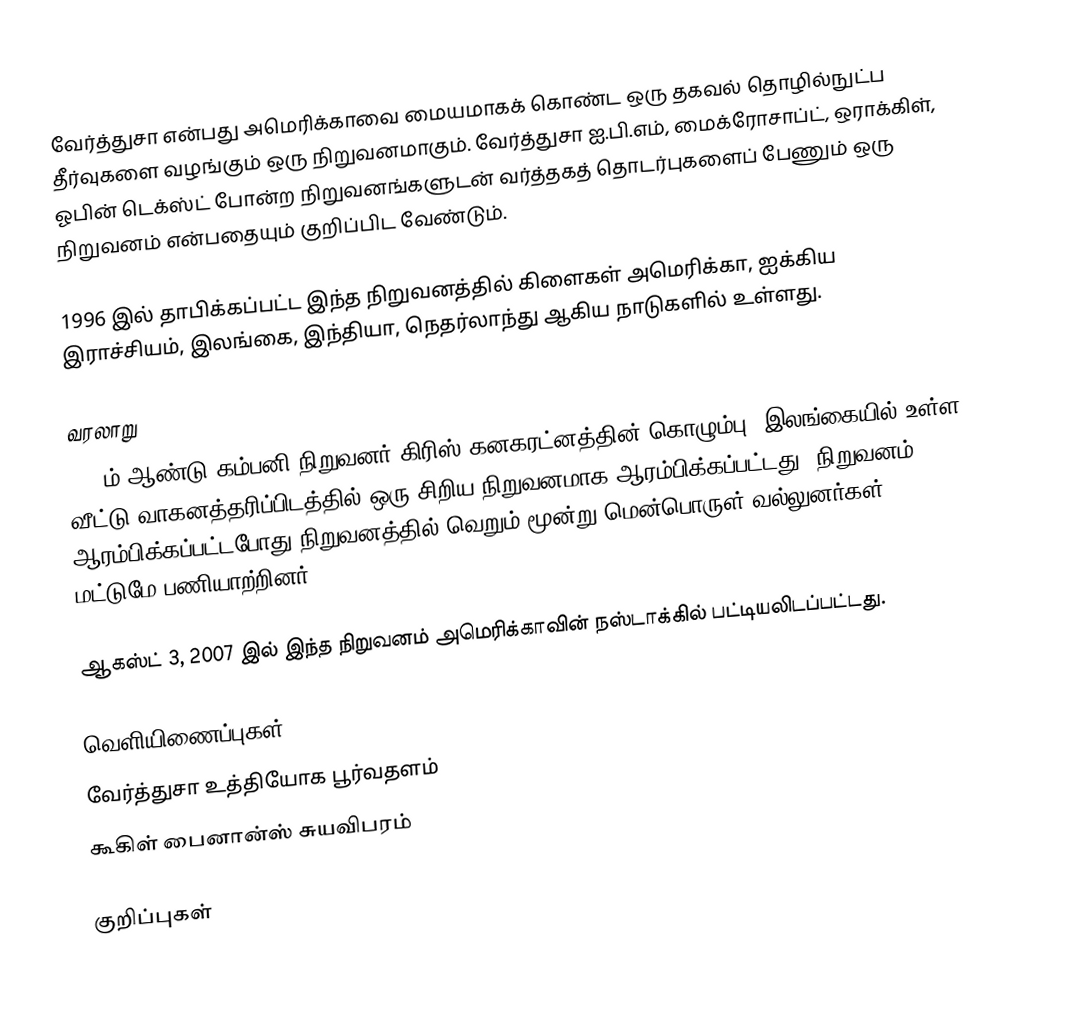
வேர்த்துசா என்பது அமெரிக்காவை மையமாகக் கொண்ட ஒரு தகவல் தொழில்நுட்ப தீர்வுகளை வழங்கும் ஒரு நிறுவனமாகும். வேர்த்துசா ஐ.பி.எம், மைக்ரோசாப்ட், ஒராக்கிள், ஓபின் டெக்ஸ்ட் போன்ற நிறுவனங்களுடன் வர்த்தகத் தொடர்புகளைப் பேணும் ஒரு நிறுவனம் என்பதையும் குறிப்பிட வேண்டும்.

1996 இல் தாபிக்கப்பட்ட இந்த நிறுவனத்தில் கிளைகள் அமெரிக்கா, ஐக்கிய இராச்சியம், இலங்கை, இந்தியா, நெதர்லாந்து ஆகிய நாடுகளில் உள்ளது.

வரலாறு
1996ம் ஆண்டு கம்பனி நிறுவனர் கிரிஸ் கனகரட்னத்தின் கொழும்பு, இலங்கையில் உள்ள வீட்டு வாகனத்தரிப்பிடத்தில் ஒரு சிறிய நிறுவனமாக ஆரம்பிக்கப்பட்டது. நிறுவனம் ஆரம்பிக்கப்பட்டபோது நிறுவனத்தில் வெறும் மூன்று மென்பொருள் வல்லுனர்கள் மட்டுமே பணியாற்றினர்.

ஆகஸ்ட் 3, 2007 இல் இந்த நிறுவனம் அமெரிக்காவின் நஸ்டாக்கில் பட்டியலிடப்பட்டது.

வெளியிணைப்புகள்
வேர்த்துசா உத்தியோக பூர்வதளம்
கூகிள் பைனான்ஸ் சுயவிபரம்

குறிப்புகள்